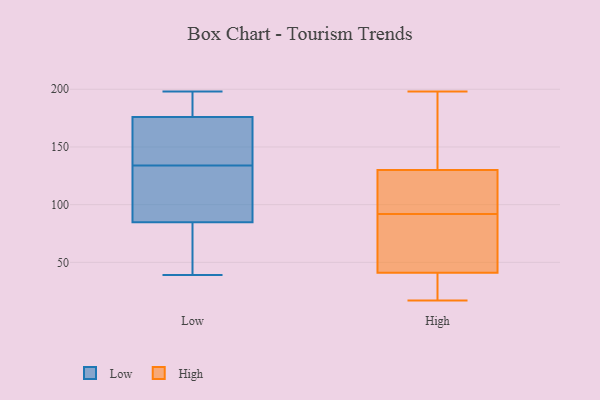
{"axis": {"x": "Page Views", "y": "Value"}, "legend": ["High", "Low"], "data": [{"x": "", "y": 39, "type": "Low"}, {"x": "", "y": 134, "type": "Low"}, {"x": "", "y": 93, "type": "Low"}, {"x": "", "y": 51, "type": "Low"}, {"x": "", "y": 198, "type": "Low"}, {"x": "", "y": 125, "type": "Low"}, {"x": "", "y": 176, "type": "Low"}, {"x": "", "y": 82, "type": "Low"}, {"x": "", "y": 128, "type": "Low"}, {"x": "", "y": 172, "type": "Low"}, {"x": "", "y": 164, "type": "Low"}, {"x": "", "y": 176, "type": "Low"}, {"x": "", "y": 193, "type": "Low"}, {"x": "", "y": 190, "type": "Low"}, {"x": "", "y": 63, "type": "Low"}, {"x": "", "y": 154, "type": "High"}, {"x": "", "y": 27, "type": "High"}, {"x": "", "y": 198, "type": "High"}, {"x": "", "y": 184, "type": "High"}, {"x": "", "y": 41, "type": "High"}, {"x": "", "y": 71, "type": "High"}, {"x": "", "y": 147, "type": "High"}, {"x": "", "y": 17, "type": "High"}, {"x": "", "y": 89, "type": "High"}, {"x": "", "y": 34, "type": "High"}, {"x": "", "y": 46, "type": "High"}, {"x": "", "y": 57, "type": "High"}, {"x": "", "y": 17, "type": "High"}, {"x": "", "y": 95, "type": "High"}, {"x": "", "y": 109, "type": "High"}, {"x": "", "y": 121, "type": "High"}, {"x": "", "y": 130, "type": "High"}, {"x": "", "y": 129, "type": "High"}]}